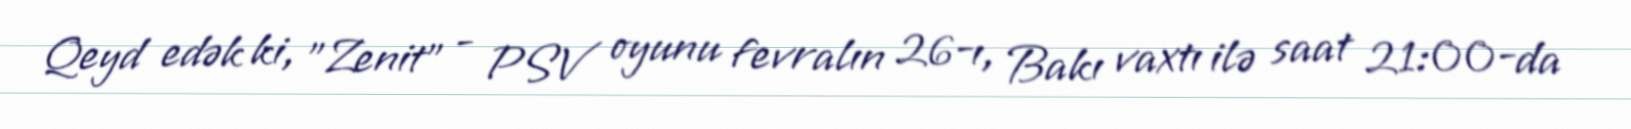
Qeyd edək ki, "Zenit" - PSV oyunu fevralın 26-ı, Bakı vaxtı ilə saat 21:00-da